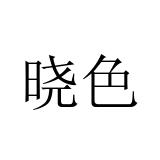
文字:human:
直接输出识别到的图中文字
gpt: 晓色